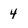
Character: 4